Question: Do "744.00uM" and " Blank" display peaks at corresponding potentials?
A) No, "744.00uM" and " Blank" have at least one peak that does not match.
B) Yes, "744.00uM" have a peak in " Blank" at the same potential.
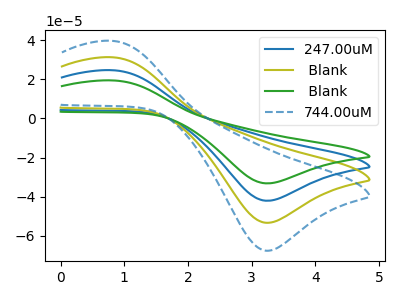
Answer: <think>The blue curve "247.00uM" has an anodic peak at (0.80V, 62.65uA) and a cathodic peak at (3.25V, -106.80uA). The olive curve " Blank" has an anodic peak at (0.80V, 31.30uA) and a cathodic peak at (3.25V, -53.40uA). The green curve " Blank" has an anodic peak at (0.80V, 93.95uA) and a cathodic peak at (3.25V, -160.20uA). The blue dashed curve "744.00uM" has an anodic peak at (0.80V, 39.70uA) and a cathodic peak at (3.25V, -67.70uA).</think>
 <answer>B) Yes, "744.00uM" have a peak in " Blank" at the same potential.</answer>
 <eval>B</eval>